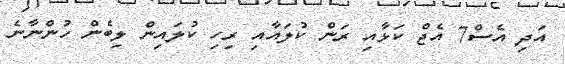
އަދި އެސް7 އެޖް ކަޅާއި ރަން ކުލައާއި ރިހި ކުލައިން ލިބެން ހުންނާނެ